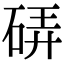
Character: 硦